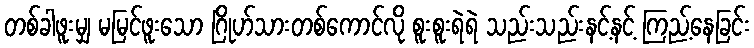
တစ်ခါဖူးမျှ မမြင်ဖူးသော ဂြိုဟ်သားတစ်ကောင်လို စူးစူးရဲရဲ သည်းသည်းနင့်နင့် ကြည့်နေခြင်း